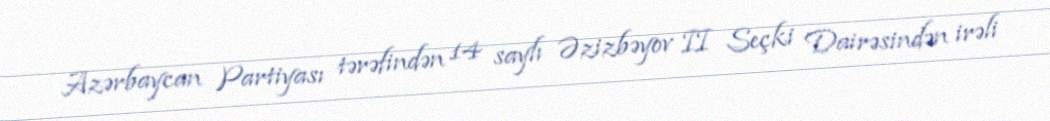
Azərbaycan Partiyası tərəfindən 14 saylı Əzizbəyov II Seçki Dairəsindən irəli